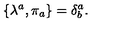
\{ \lambda ^ { a } , \pi _ { a } \} = \delta _ { b } ^ { a } .